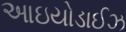
આઇયોડાઈઝ